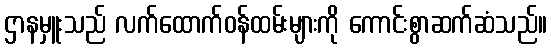
ဌာနမှူးသည် လက်ထောက်ဝန်ထမ်းများကို ကောင်းစွာဆက်ဆံသည်။